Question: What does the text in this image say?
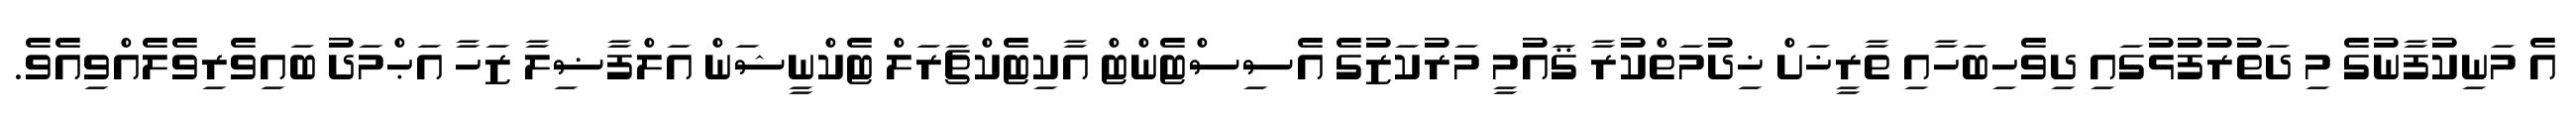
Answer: އެ މަނިކުފާނުގެ މި ދަތުރުފުޅުގައި ދިވެހިބަހާއި ތާރީޚަށް ޚިދުމަތްކުރާ ޤައުމީ މަރުކަޒުގެ އެސިސްޓެންޓް އާކިޓެކްޗަރަލް ޓެކްނީޝަން އަލްފާޟިލާ ޒަހާ އަޙްމަދު ބައިވެރިވެލެއްވިއެވެ.